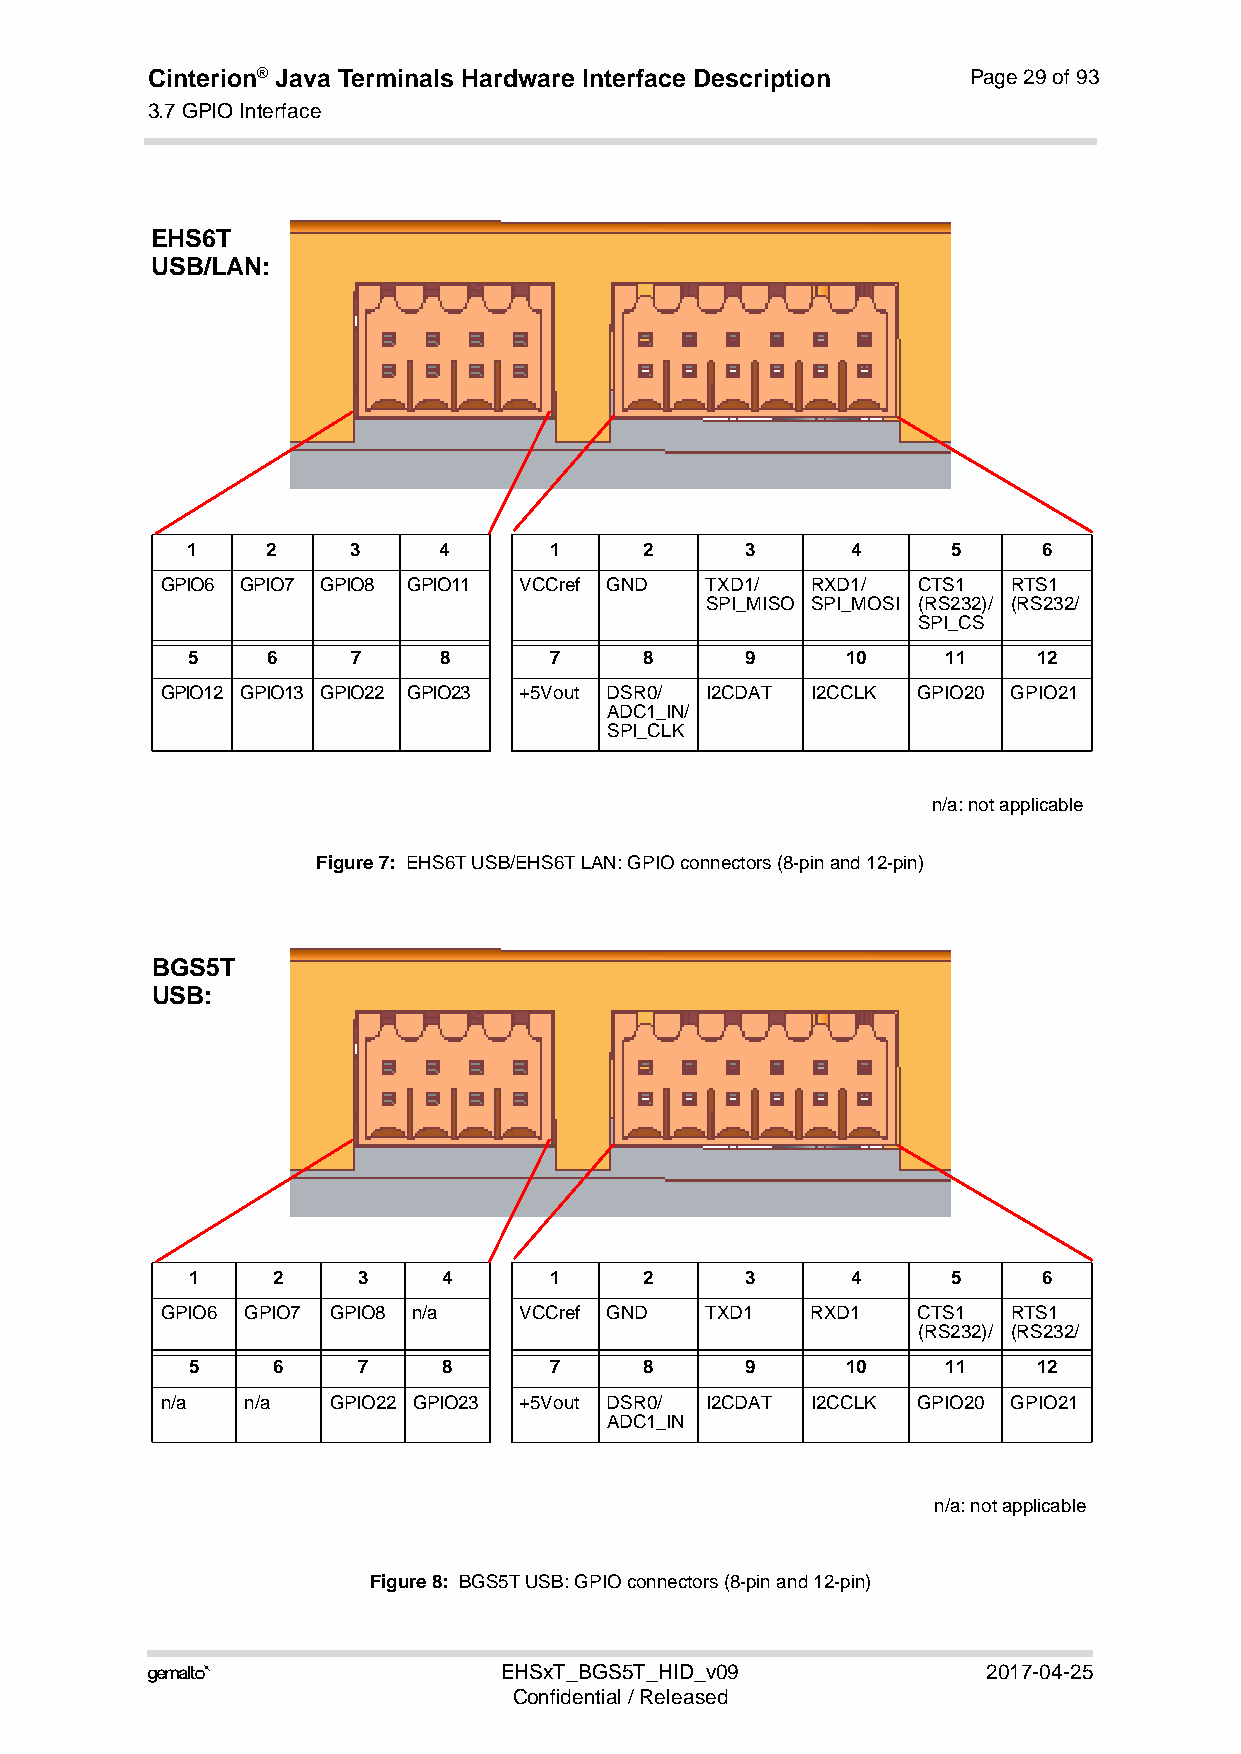
Cinterion® Java Terminals Hardware Interface Description Page 29 of 93
 3.7 GPIO Interface
 44
 EHS6T
 USB/LAN:
 1     2    3     4      1      2     3      4      5     6
 GPIO6 GPIO7 GPIO8 GPIO11 VCCref GND TXD1/  RXD1/  CTS1  RTS1
 SPI_MISO SPI_MOSI (RS232)/ (RS232/
 SPI_CS
 5     6    7     8      7      8     9      10     11    12
 GPIO12 GPIO13 GPIO22 GPIO23 +5Vout DSR0/ I2CDAT I2CCLK GPIO20 GPIO21
 ADC1_IN/
 SPI_CLK
 n/a: not applicable
 Figure 7: EHS6T USB/EHS6T LAN: GPIO connectors (8-pin and 12-pin)
 BGS5T
 USB:
 1     2     3    4      1      2     3      4      5     6
 GPIO6 GPIO7 GPIO8 n/a  VCCref GND   TXD1   RXD1   CTS1  RTS1
 (RS232)/ (RS232/
 5     6     7    8      7      8     9      10     11    12
 n/a  n/a   GPIO22 GPIO23 +5Vout DSR0/ I2CDAT I2CCLK GPIO20 GPIO21
 ADC1_IN
 n/a: not applicable
 Figure 8: BGS5T USB: GPIO connectors (8-pin and 12-pin)
                       EHSxT_BGS5T_HID_v09             2017-04-25
 Confidential / Released